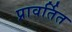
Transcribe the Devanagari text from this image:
प्रावर्तित